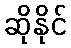
ဆိုနိုင်